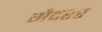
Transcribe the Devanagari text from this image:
गैदरर